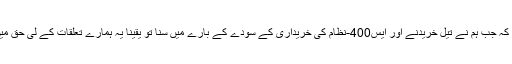
نائروت نے کہا کہ جب ہم نے تیل خریدنے اور ایس400-نظام کی خریداری کے سودے کے بارے میں سنا تو یقیناً یہ ہمارے تعلقات کے لی حق میں مفید نہیں ہے۔